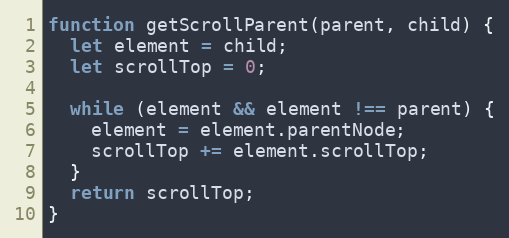
Language: JavaScript
function getScrollParent(parent, child) {
  let element = child;
  let scrollTop = 0;

  while (element && element !== parent) {
    element = element.parentNode;
    scrollTop += element.scrollTop;
  }
  return scrollTop;
}